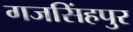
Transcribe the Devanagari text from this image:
गजसिंहपुर